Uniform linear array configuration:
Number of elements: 24
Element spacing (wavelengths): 0.25
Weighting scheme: uniform
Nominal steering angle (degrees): -60
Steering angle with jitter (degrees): -59.345
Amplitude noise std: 0.05
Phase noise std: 0.05

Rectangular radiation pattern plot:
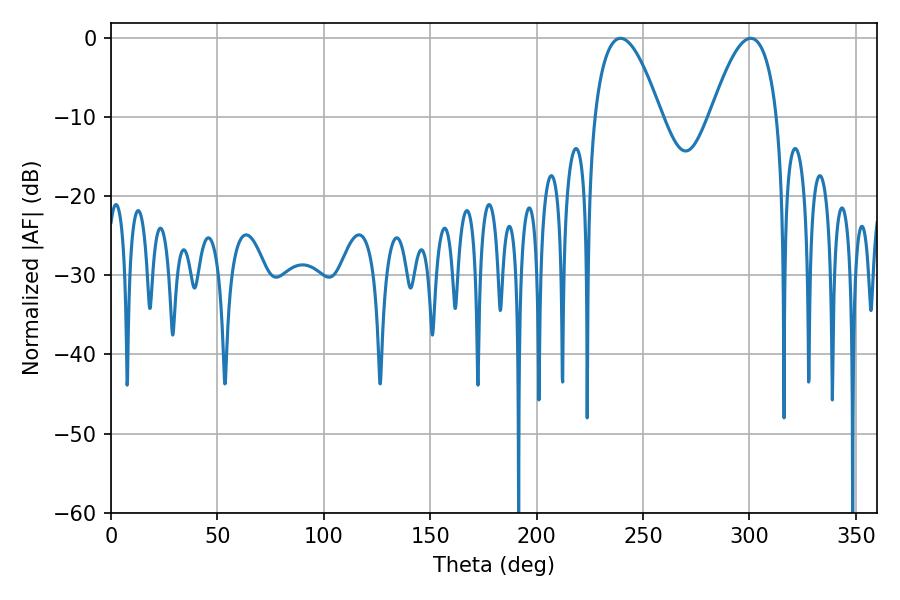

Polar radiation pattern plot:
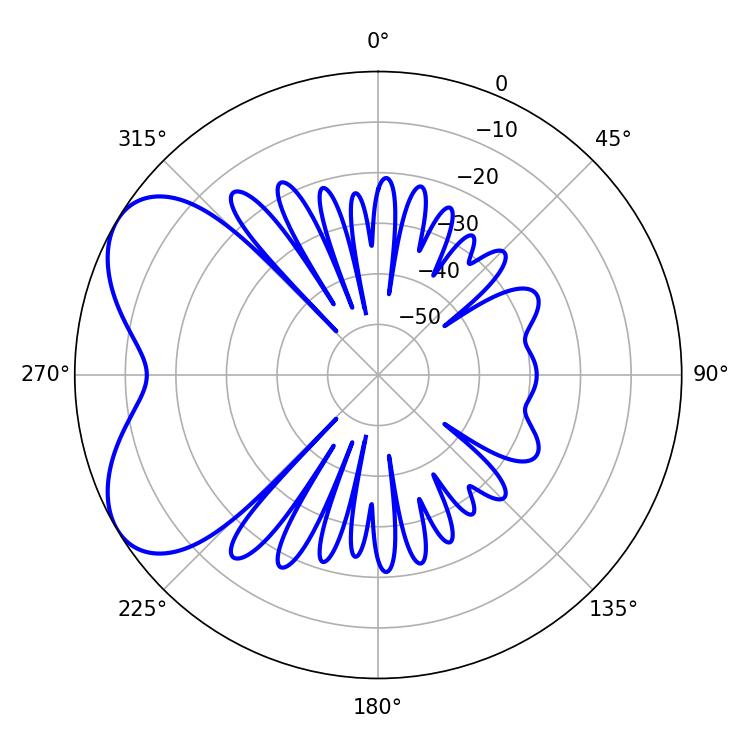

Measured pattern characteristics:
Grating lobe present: FALSE
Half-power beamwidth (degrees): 17.1
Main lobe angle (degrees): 239.4